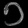
Digit: ၁